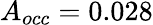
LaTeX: A_{occ}=0.028